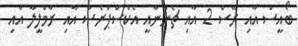
ބޯއީސް އާއި ރޭސް 2 އާއި ޗެންނާއީ އެކްސްޕްރެސް އާއި ރާމްލީލާ އާއި